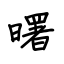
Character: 曙